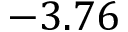
- 3 . 7 6